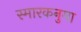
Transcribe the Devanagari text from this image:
स्मारकनुमा